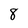
Character: 8